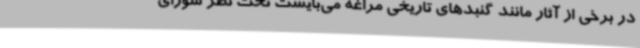
در برخی از آثار مانند گنبدهای تاریخی مراغه می‌بایست تحت نظر شورای